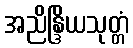
အညိန္ဒြိယသုတ္တံ